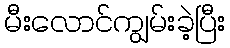
မီးလောင်ကျွမ်းခဲ့ပြီး